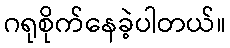
ဂရုစိုက်နေခဲ့ပါတယ်။